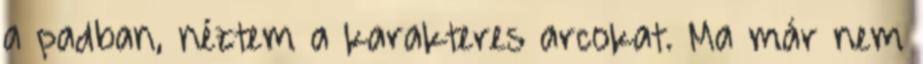
a padban, néztem a karakteres arcokat. Ma már nem